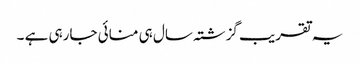
یہ تقریب گزشتہ سال ہی منائی جارہی ہے ۔